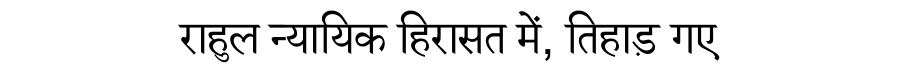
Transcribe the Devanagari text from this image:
राहुल न्यायिक हिरासत में, तिहाड़ गए